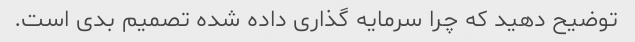
توضیح دهید که چرا سرمایه گذاری داده شده تصمیم بدی است.